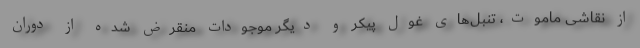
از نقاشی ماموت، تنبل‌های غول پیکر و دیگر موجودات منقرض شده از دوران